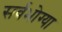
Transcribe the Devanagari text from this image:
सर्वभोग्या